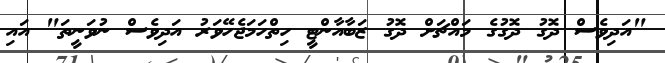
"އަދިވެސް ދޮގު ދޮގުގެ މައްޗަށް ދޮގު ޒަބާއާންޓީ ހިތްހަމަޖެހޭވަރު އަދިވެސް ނުވަނީތަ" އައި